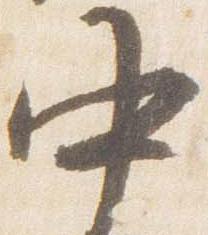
中